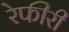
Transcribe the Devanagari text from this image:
रेफीरी